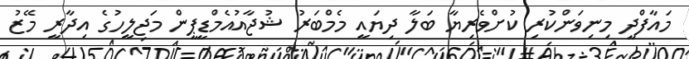
މައާފްދީ މިނިވަންކުރި ކުށްވެރިޔާ ބަލާ ދިޔައީ މެމްބަރު ޝުޖާއުއެމްޑީޕީން މަޖިލީހުގެ އިދާރީ މޭޒު